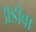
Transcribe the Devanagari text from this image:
अडोवा